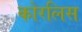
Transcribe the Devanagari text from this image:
कोरलिस